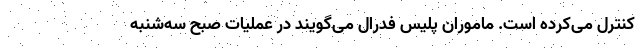
کنترل می‌کرده است. ماموران پلیس فدرال می‌گویند در عملیات صبح سه‌شنبه